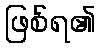
ဖြစ်ရ၏